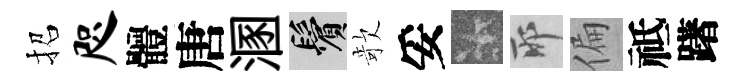
招咫體唐溷鬢欹妥卡耶偏祗躇